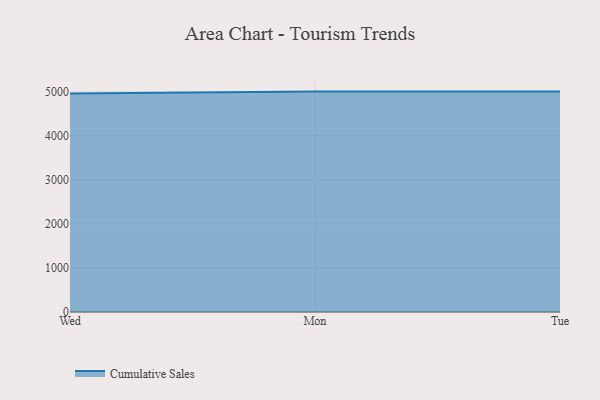
{"axis": {"x": "Day", "y": "Energy Usage (MWh)"}, "legend": ["Cumulative Sales"], "data": [{"x": "Wed", "y": 4959.1, "type": "Cumulative Sales"}, {"x": "Mon", "y": 5000, "type": "Cumulative Sales"}, {"x": "Tue", "y": 5000, "type": "Cumulative Sales"}]}